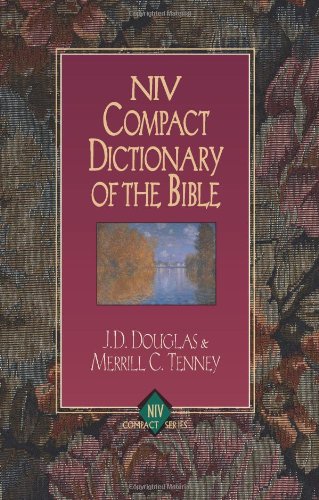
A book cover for NIV Compact Dictionary of the Bible; J. D. Douglas; Christian Books & Bibles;